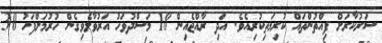
ސަރުކާރަށް ފިއްތުންތައް ކުރިމަތިކުރިއެވެ. އަދި ރާއްޖެއިން 18 މަސްދުވަހު އަރުވާލެވިގެން ހުރުމަށްފަހު 30